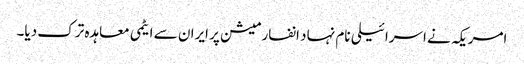
امریکہ نے اسرائیلی نام نہاد انفارمیشن پر ایران سے ایٹمی معاہدہ ترک دیا۔